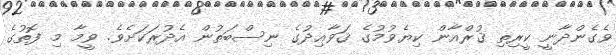
ވެގެންދާނީ ކީރިތި ޤުރްއާން ކިޔެވުމުގެ ޤަވާޢިދުގެ ނިސްބަތުން އެދުރަކަށެވެ. ވީމާ މި ފޮތުގެ